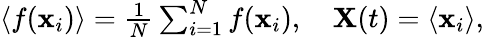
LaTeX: \begin{array}{r}{\langle f(\mathbf{x}_{i})\rangle=\frac{1}{N}\sum_{i=1}^{N}f(\mathbf{x}_{i}),\quad\mathbf{X}(t)=\langle\mathbf{x}_{i}\rangle,}\end{array}